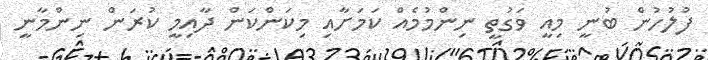
ފުލުހުން ބުނީ މިއީ ވަގުތީ ނިންމުމެއް ކަމަށާއި މިކަންކަން ދާއިމީ ކުރަން ނިންމާނީ